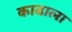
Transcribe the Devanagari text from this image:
काढाला